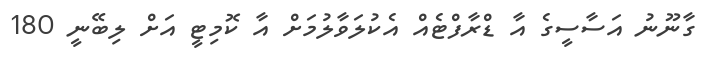
ގާނޫނު އަސާސީގެ އާ ޑްރާފްޓެއް އެކުލަވާލުމަށް އާ ކޮމިޓީ އަށް ލިބޭނީ 180